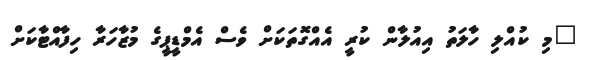
"މި ކުއްލި ހާލަތު އިއުލާން ކުރީ އެއްގޮތަކަށް ވެސް އެމްޑީޕީގެ މުޒާހަރާ ހިފާއްޓާކަށް